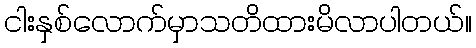
ငါးနှစ်လောက်မှာသတိထားမိလာပါတယ်။